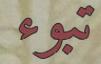
تبوء